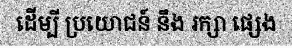
ដើម្បី ប្រយោជន៍ នឹង រក្សា ផ្សេង